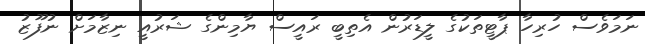
ނަމަވެސް ހުރިހާ ޕާޓީތަކުގެ ލީޑަރުން އެތިބީ ރައީސް ޔާމިންގެ ޝަރުއީ ނިޒާމަށް ނުފޫޒު